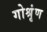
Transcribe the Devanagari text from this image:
गोश्रृंण